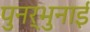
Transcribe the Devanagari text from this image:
पुनर्भुनाई